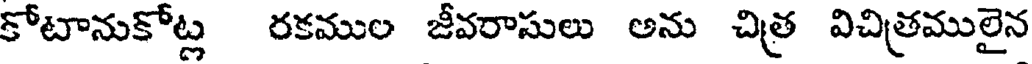
కోటానుకోట్ల రకముల జీవరాసులు అను చిత్ర విచిత్రములైన